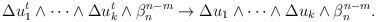
LaTeX: \begin{align*} \begin{aligned}\Delta u_1^{t}\wedge\dots\wedge \Delta u_k^{t} \wedge \beta_n^{n-m}\rightarrow \Delta u_1\wedge\dots\wedge \Delta u_k \wedge \beta_n^{n-m}.\end{aligned} \end{align*}